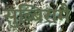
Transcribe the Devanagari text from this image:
सुब्बिरामै